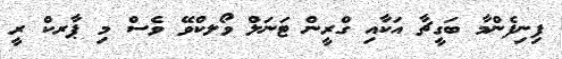
ފިނިފެންމާ ބަގީޗާ އަކާއި ގްރީން ޓަނަލް ވޯލކްވޭ ވެސް މި ޕާރކް ރީ